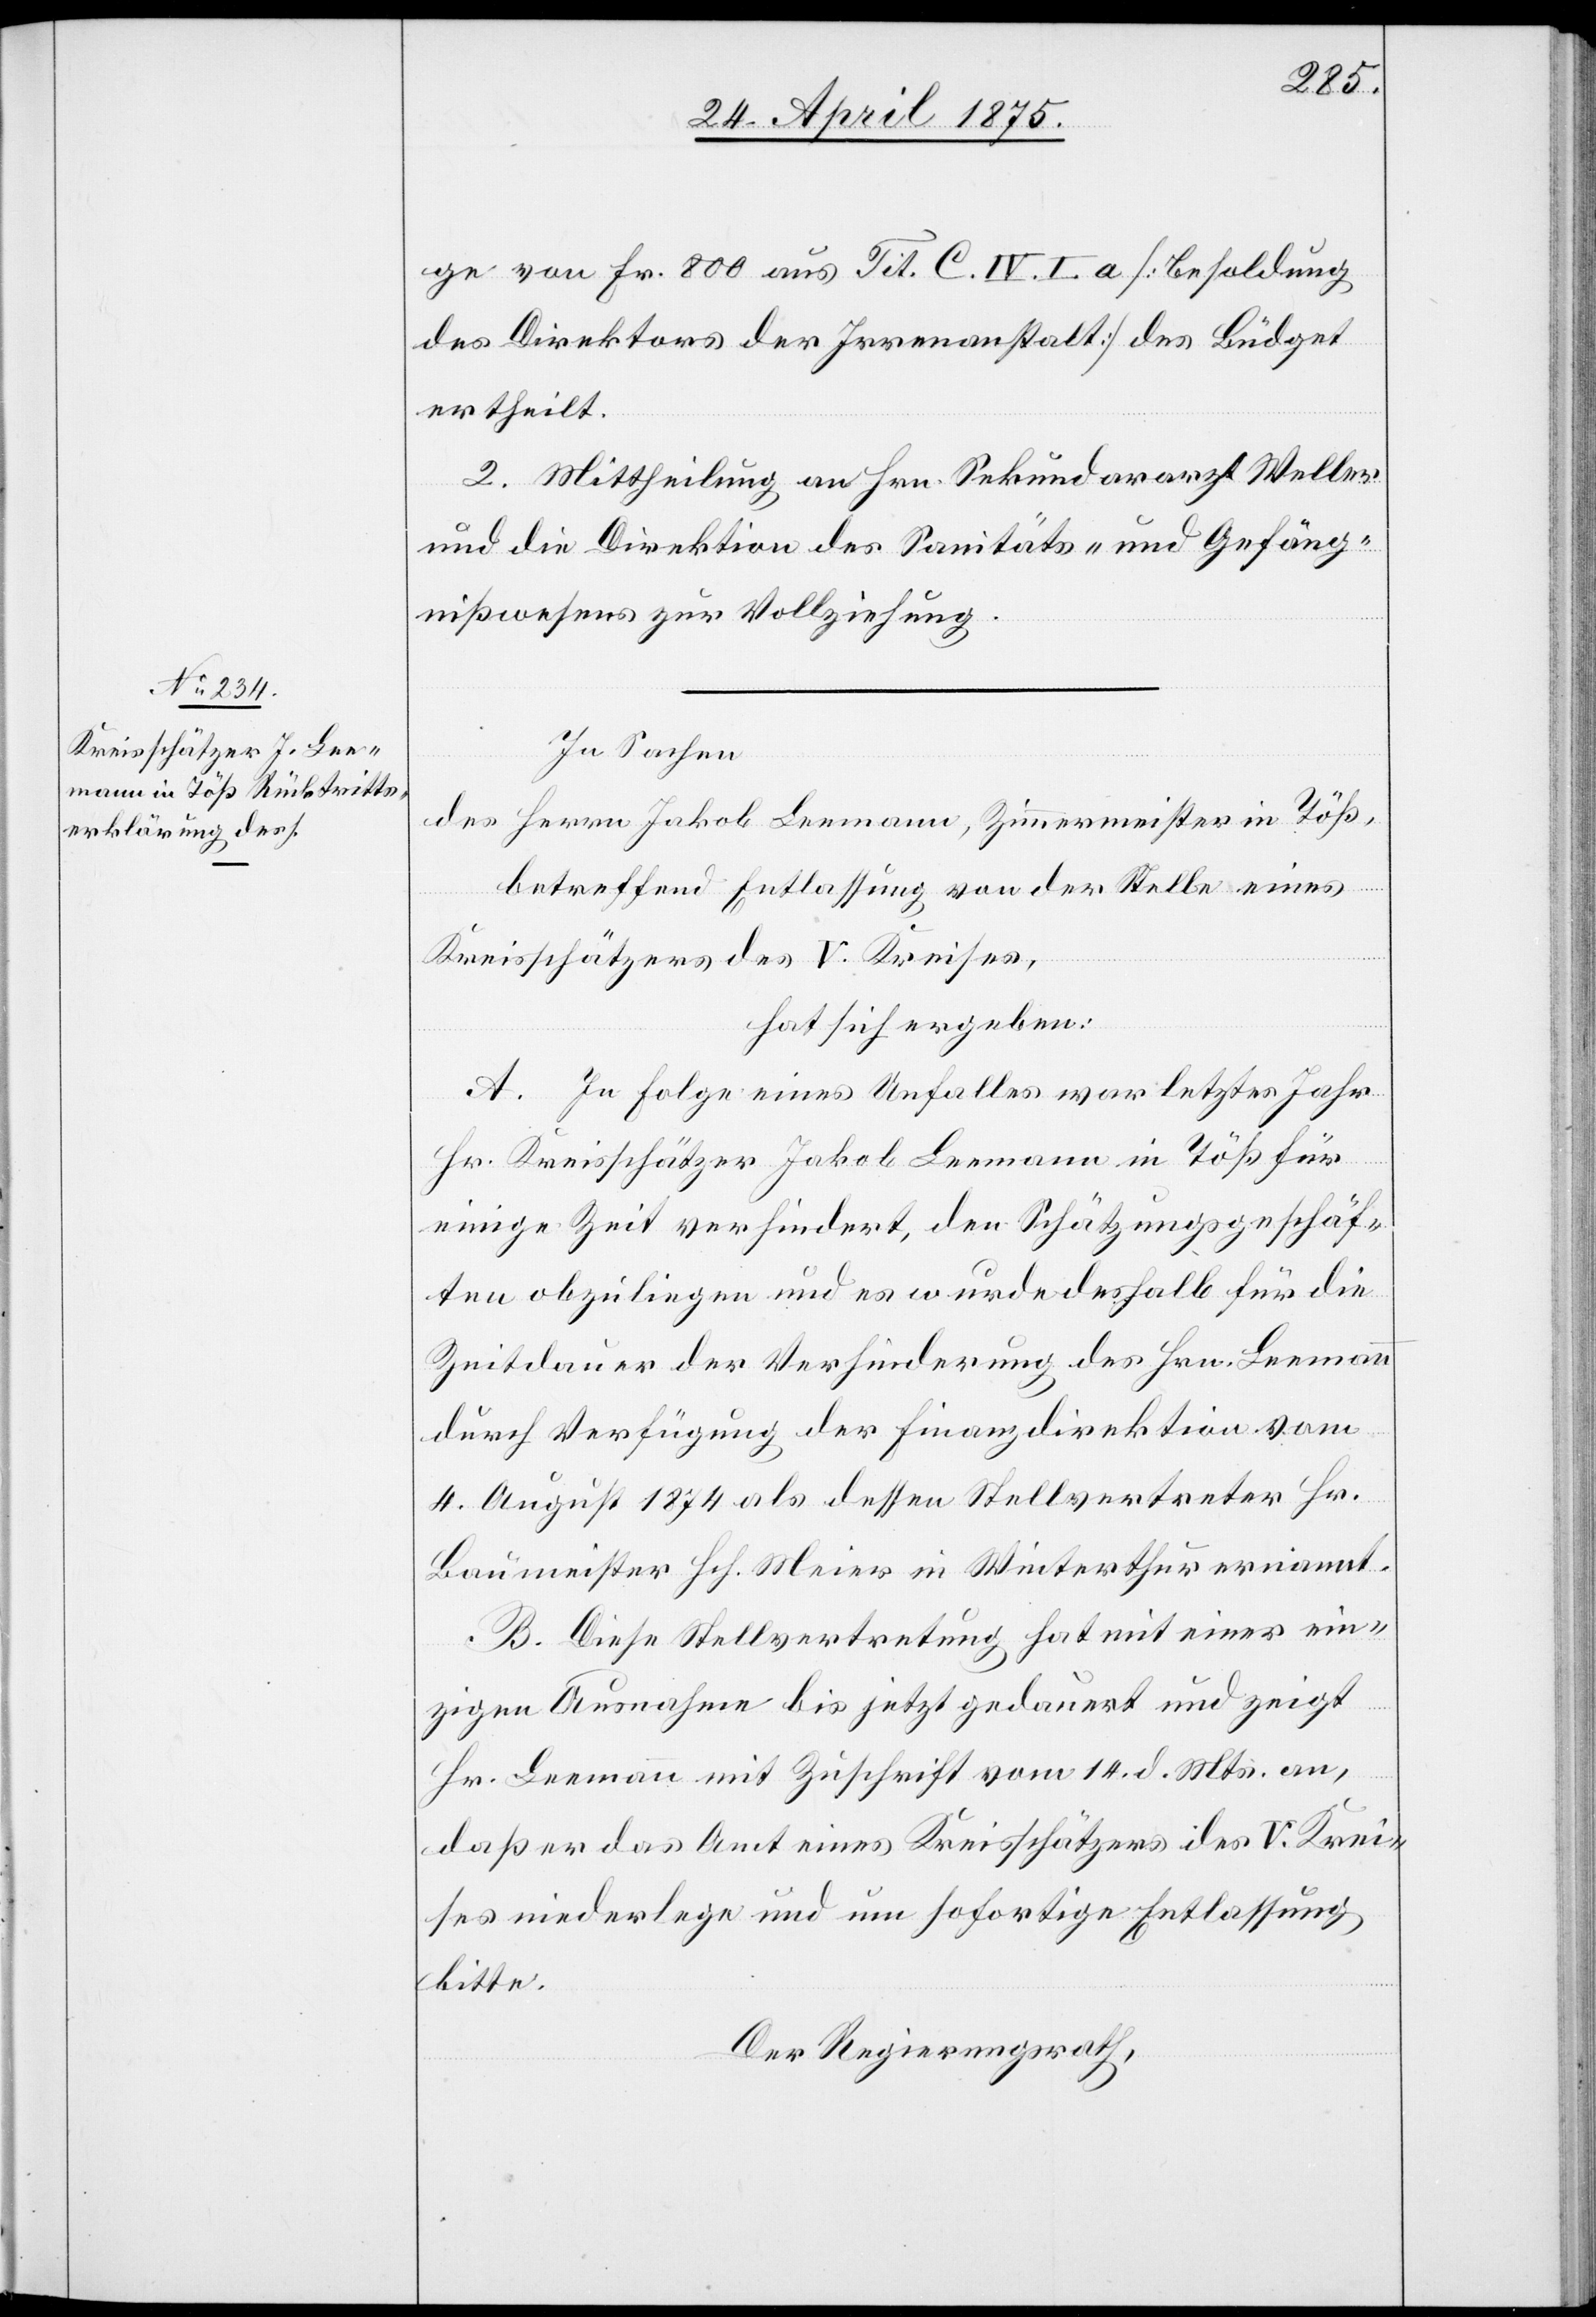
ge von Fr. 800 aus Tit. C. IV. I. a [Besoldung
des Direktors der Irrenanstalt] des Büdget
ertheilt.
2. Mittheilung an Hrn. Sekundararzt Weller
und die Direktion des Sanitäts- und Gefäng¬
nißwesens zur Vollziehung.
In Sachen
des Herrn Jakob Leemann, Zunftmeister in Töß,
betreffend Entlassung von der Stelle eines
Kreisschätzers des V. Kreises,
hat sich ergeben:
A. In Folge eines Unfalles war letztes Jahr
Hr. Kreisschützer Jakob Leemann in Töß für
einige Zeit verhindert, den Schätzungsgeschäf¬
ten obzuliegen und es wurde deshalb für die
Zeitdauer der Verhinderung des Hrn. Leemann
durch Verfügung der Finanzdirektion vom
4. August 1874 als dessen Stellvertreter Hr.
Baumeister Hch. Meier in Winterthur ernannt.
B. Diese Stellvertretung hat mit einer ein¬
zigen Ausnahme bis jetzt gedauert und zeigt
Hr. Leemann mit Zuschrift vom 14. d. Mts. an,
daß er das Amt eines Kreisschätzers des V. Krei¬
ses niederlege und um sofortige Entlassung
bitte.
Der Regierungsrath,